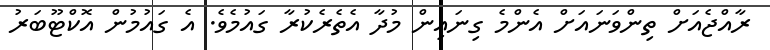
ރާއްޖެއަށް ތިންވަނައަށް އެންމެ ގިނައިން މުދާ އެތެރެކުރާ ގައުމެވެ. އެ ގައުމުން އޮކްޓޫބަރު